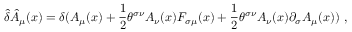
\hat { \delta } \hat { A } _ { \mu } ( x ) = \delta ( A _ { \mu } ( x ) + { \frac { 1 } { 2 } } \theta ^ { \sigma \nu } A _ { \nu } ( x ) F _ { \sigma \mu } ( x ) + { \frac { 1 } { 2 } } \theta ^ { \sigma \nu } A _ { \nu } ( x ) \partial _ { \sigma } A _ { \mu } ( x ) ) ~ ,